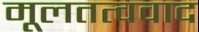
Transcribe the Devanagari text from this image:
मूलतत्ववाद